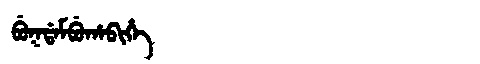
Manchu: ᠪᡠᡴᡩᠠᠮᠪᡠᡥᠠᠪᡳᡥᡝ
Romanization: BUKDAMBUHABIHE